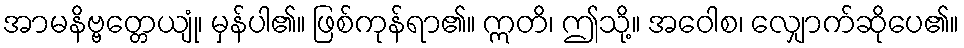
အာမနိဗ္ဗတ္တေယျုံ၊ မှန်ပါ၏။ ဖြစ်ကုန်ရာ၏။ ဣတိ၊ ဤသို့။ အဝေါစ၊ လျှောက်ဆိုပေ၏။